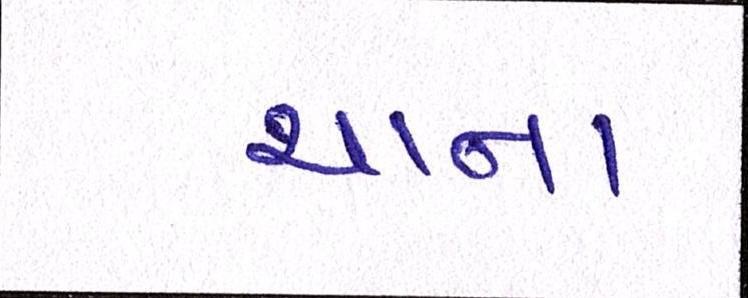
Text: ચાના